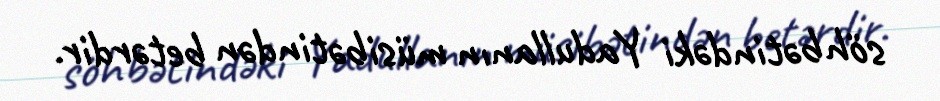
söhbətindəki Yadullanın müsibətindən betərdir.